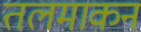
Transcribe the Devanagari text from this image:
तलमाकन